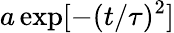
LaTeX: a\exp[-(t/\tau)^{2}]